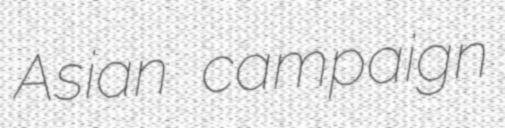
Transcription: Asian campaign